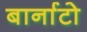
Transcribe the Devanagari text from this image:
बार्नाटो